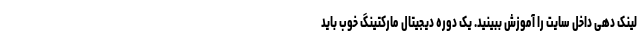
لینک دهی داخل سایت را آموزش ببینید. یک دوره دیجیتال مارکتینگ خوب باید